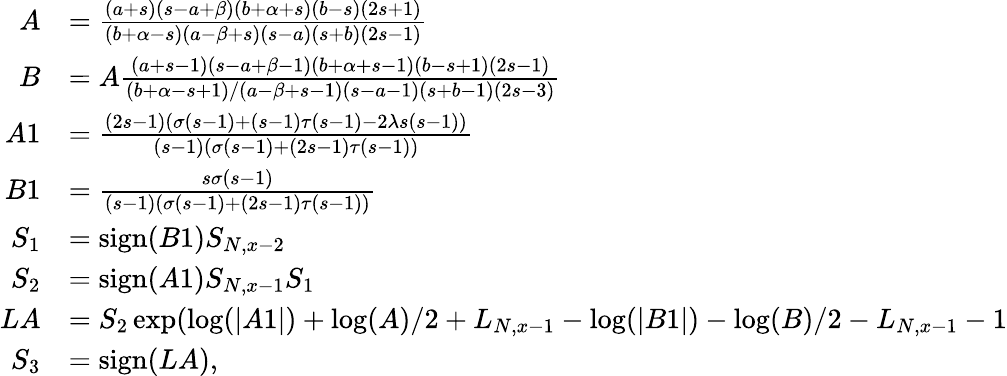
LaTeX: \begin{array}{rl}{A}&{=\frac{(a+s)(s-a+\beta)(b+\alpha+s)(b-s)(2s+1)}{(b+\alpha-s)(a-\beta+s)(s-a)(s+b)(2s-1)}}\\ {B}&{=A\frac{(a+s-1)(s-a+\beta-1)(b+\alpha+s-1)(b-s+1)(2s-1)}{(b+\alpha-s+1)/(a-\beta+s-1)(s-a-1)(s+b-1)(2s-3)}}\\ {A1}&{=\frac{(2s-1)(\sigma(s-1)+(s-1)\tau(s-1)-2\lambda s(s-1))}{(s-1)(\sigma(s-1)+(2s-1)\tau(s-1))}}\\ {B1}&{=\frac{s\sigma(s-1)}{(s-1)(\sigma(s-1)+(2s-1)\tau(s-1))}}\\ {S_{1}}&{=\mathrm{sign}(B1)S_{N,x-2}}\\ {S_{2}}&{=\mathrm{sign}(A1)S_{N,x-1}S_{1}}\\ {LA}&{=S_{2}\exp(\log(\lvert A1\rvert)+\log(A)/2+L_{N,x-1}-\log(\lvert B1\rvert)-\log(B)/2-L_{N,x-1}-1}\\ {S_{3}}&{=\mathrm{sign}(LA),}\end{array}